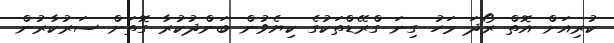
ކުރިއަށް އޮތް ރޯދަ މަހު ގިނަ ގްރޭޑްތަކުގެ ކިޔެވުން ބަންދުކުރާ ގޮތަށް ސަރުކާރުން